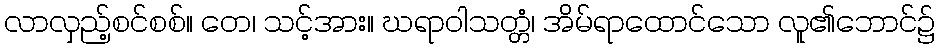
လာလှည့်စင်စစ်။ တေ၊ သင့်အား။ ဃရာဝါသတ္တံ၊ အိမ်ရာထောင်သော လူ၏ဘောင်၌